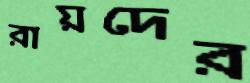
রায়দের